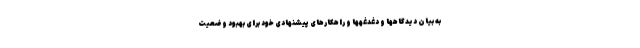
به بیان دیدگاهها و دغدغهها و راهکارهای پیشنهادی خود برای بهبود وضعیت